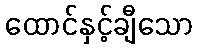
ထောင်နှင့်ချီသော